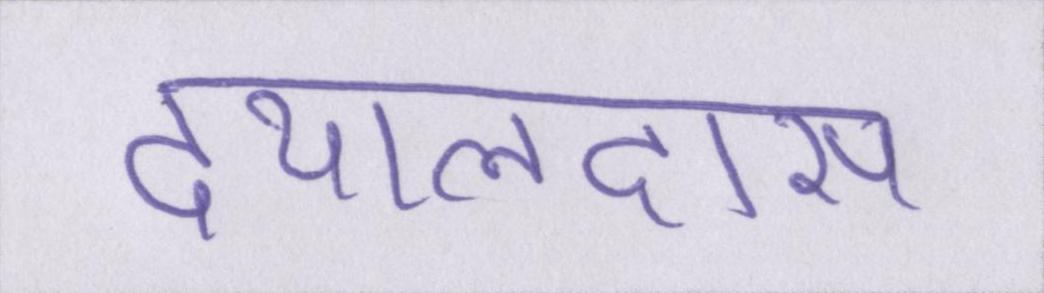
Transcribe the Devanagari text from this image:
दयालदास